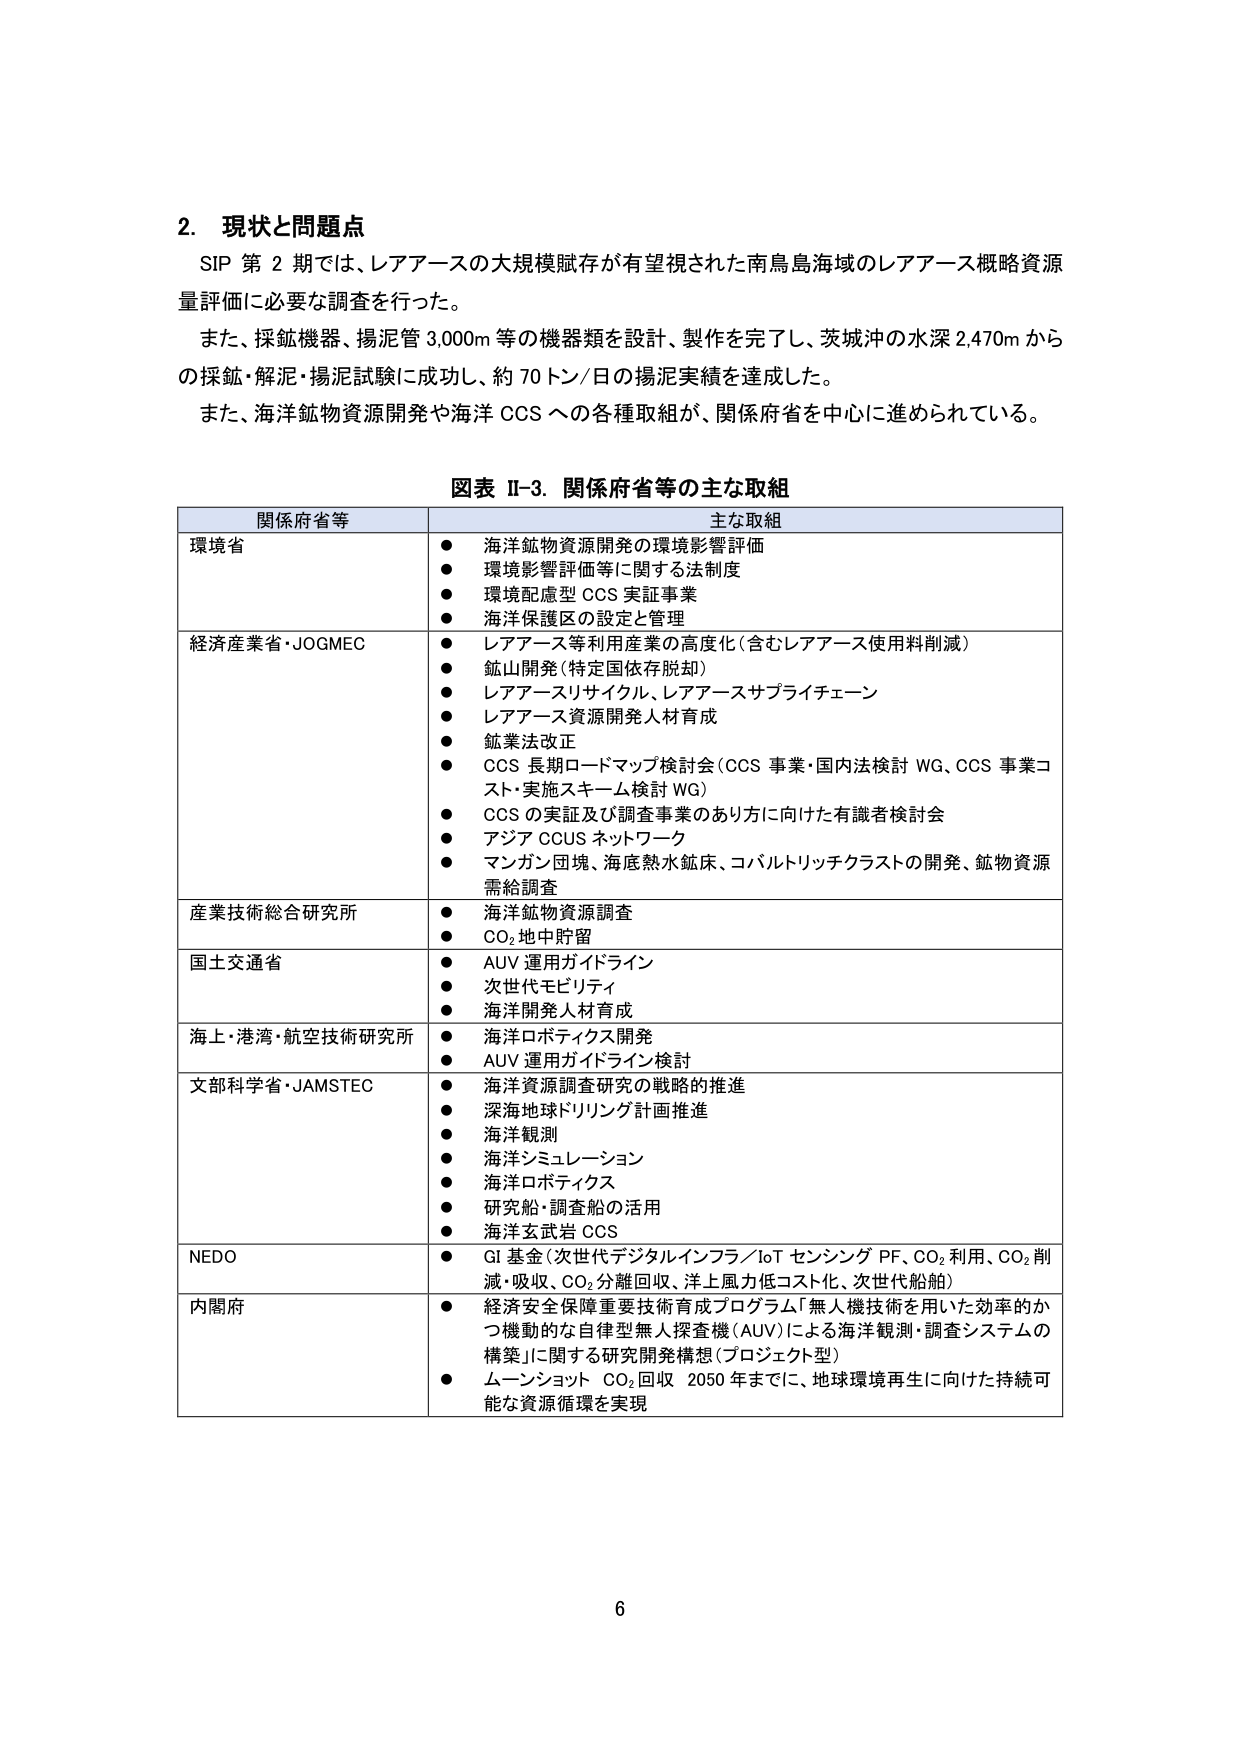
2. 現状と問題点
SIP 第 2 期では、レアアースの大規模賦存が有望視された南鳥島海域のレアアース概略資源量評価に必要な調査を行った。
また、採鉱機器、揚泥管 3,000m 等の機器類を設計、製作を完了し、茨城沖の水深 2,470m からの採鉱・解泥・揚泥試験に成功し、約 70 トン/日の揚泥実績を達成した。
また、海洋鉱物資源開発や海洋 CCS への各種取組が、関係府省を中心に進められている。

図表 II-3. 関係府省等の主な取組

| 関係府省等 | 主な取組 |
|------------|----------|
| 環境省 | ● 海洋鉱物資源開発の環境影響評価<br>● 環境影響評価等に関する法制度<br>● 環境配慮型 CCS 実証事業<br>● 海洋保護区の設定と管理 |
| 経済産業省・JOGMEC | ● レアアース等利用産業の高度化（含むレアアース使用料削減）<br>● 鉱山開発（特定国依存脱却）<br>● レアアースリサイクル、レアアースサプライチェーン<br>● レアアース資源開発人材育成<br>● 鉱業法改正<br>● CCS 長期ロードマップ検討会（CCS 事業・国内法検討 WG、CCS 事業コスト・実施スキーム検討 WG）<br>● CCS の実証及び調査事業のあり方に向けた有識者検討会<br>● アジア CCUS ネットワーク<br>● マンガン団塊、海底熱水鉱床、コバルトリッチクラストの開発、鉱物資源需給調査 |
| 産業技術総合研究所 | ● 海洋鉱物資源調査<br>● CO₂地中貯留 |
| 国土交通省 | ● AUV 運用ガイドライン<br>● 次世代モビリティ<br>● 海洋開発人材育成 |
| 海上・港湾・航空技術研究所 | ● 海洋ロボティクス開発<br>● AUV 運用ガイドライン検討 |
| 文部科学省・JAMSTEC | ● 海洋資源調査研究の戦略的推進<br>● 深海地球ドリリング計画推進<br>● 海洋観測<br>● 海洋シミュレーション<br>● 海洋ロボティクス<br>● 研究船・調査船の活用<br>● 海洋玄武岩 CCS |
| NEDO | ● GI 基金（次世代デジタルインフラ／IoT センシング PF、CO₂利用、CO₂削減・吸収、CO₂分離回収、洋上風力低コスト化、次世代船舶） |
| 内閣府 | ● 経済安全保障重要技術育成プログラム「無人機技術を用いた効率的かつ機動的な自律型無人探査機（AUV）による海洋観測・調査システムの構築」に関する研究開発構想（プロジェクト型）<br>● ムーンショット CO₂回収 2050 年までに、地球環境再生に向けた持続可能な資源循環を実現 |

6